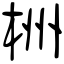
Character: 栦